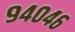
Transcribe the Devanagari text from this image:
९४०४६